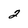
Character: 2